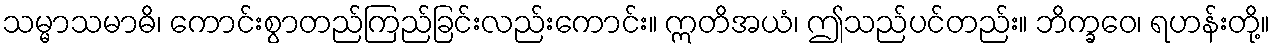
သမ္မာသမာဓိ၊ ကောင်းစွာတည်ကြည်ခြင်းလည်းကောင်း။ ဣတိအယံ၊ ဤသည်ပင်တည်း။ ဘိက္ခဝေ၊ ရဟန်းတို့။